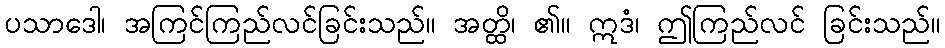
ပသာဒေါ၊ အကြင်ကြည်လင်ခြင်းသည်။ အတ္ထိ၊ ၏။ ဣဒံ၊ ဤကြည်လင် ခြင်းသည်။